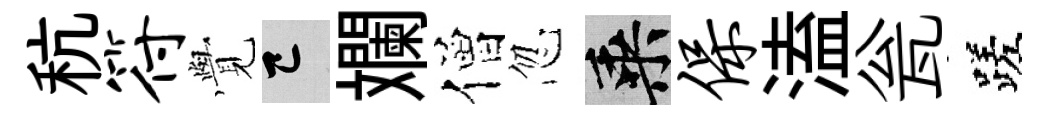
秔符𮗜巳斕僧忽乘保溘瓮蹉